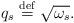
LaTeX: \begin{align*}q_s \stackrel{\rm def}{=} \sqrt{\omega_s}.\end{align*}